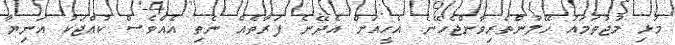
މުޅި މުޖުތަމައު ހޭލުންތެރިވާންޖެހޭނެ. އެހީއަށް އެދޭނެ ފަރާތެއް ނެތި އެއްވެސް ކުއްޖަކު އަނިޔާ